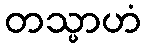
တသ္မာဟံ